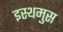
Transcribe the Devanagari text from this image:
इस्थमुस